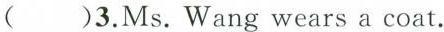
( )3.Ms. Wang wears a coat.